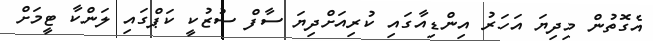
އެގޮތުން މިދިޔަ އަހަރު އިންޑިއާގައި ކުރިއަށްދިޔަ ސާފް ސުޒުކީ ކަޕްގައި ލަންކާ ޓީމަށް